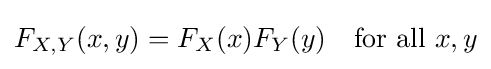
F_{X,Y}(x,y)=F_{X}(x)F_{Y}(y)\quad {\text{for all }}x,y